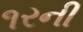
૧રની